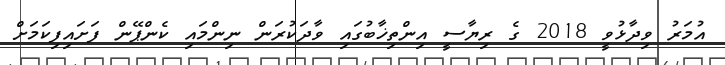
އުމަރު ވިދާޅުވީ 2018 ގެ ރިޔާސީ އިންތިޚާބުގައި ވާދަކުރަން ނިންމައި ކެންޕޭން ފަށައިފިކަމަށް